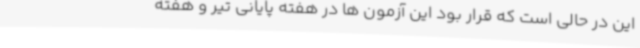
این در حالی است که قرار بود این آزمون ها در هفته پایانی تیر و هفته